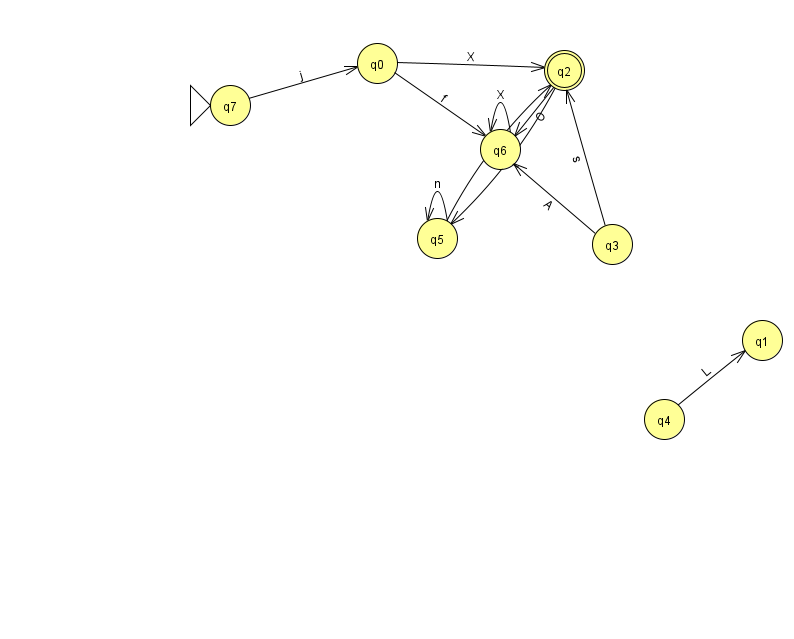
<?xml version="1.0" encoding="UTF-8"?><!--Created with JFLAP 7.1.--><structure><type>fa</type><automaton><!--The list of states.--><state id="0" name="q0"><x>377.0</x><y>50.0</y></state><state id="1" name="q1"><x>762.0</x><y>327.0</y></state><state id="2" name="q2"><x>564.0</x><y>57.0</y><final/></state><state id="3" name="q3"><x>612.0</x><y>231.0</y></state><state id="4" name="q4"><x>664.0</x><y>406.0</y></state><state id="5" name="q5"><x>437.0</x><y>225.0</y></state><state id="6" name="q6"><x>500.0</x><y>136.0</y></state><state id="7" name="q7"><x>230.0</x><y>92.0</y><initial/></state><!--The list of transitions.--><transition><from>3</from><to>6</to><read>A</read></transition><transition><from>2</from><to>6</to><read>O</read></transition><transition><from>5</from><to>2</to><read>c</read></transition><transition><from>2</from><to>5</to><read>t</read></transition><transition><from>6</from><to>6</to><read>X</read></transition><transition><from>0</from><to>2</to><read>X</read></transition><transition><from>7</from><to>0</to><read>j</read></transition><transition><from>0</from><to>6</to><read>f</read></transition><transition><from>3</from><to>2</to><read>s</read></transition><transition><from>5</from><to>5</to><read>n</read></transition><transition><from>4</from><to>1</to><read>L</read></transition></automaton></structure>